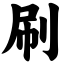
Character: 刷